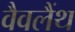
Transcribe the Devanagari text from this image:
वैवलैंथ